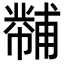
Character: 𪩾